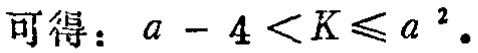
可得：\(a - 4 < K\leqslant a^{2}\)